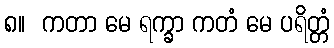
၈။  ကတာ မေ ရက္ခာ ကတံ မေ ပရိတ္တံ